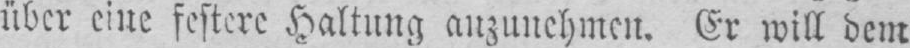
über eine festere Haltung anzunehmen. Er will dem